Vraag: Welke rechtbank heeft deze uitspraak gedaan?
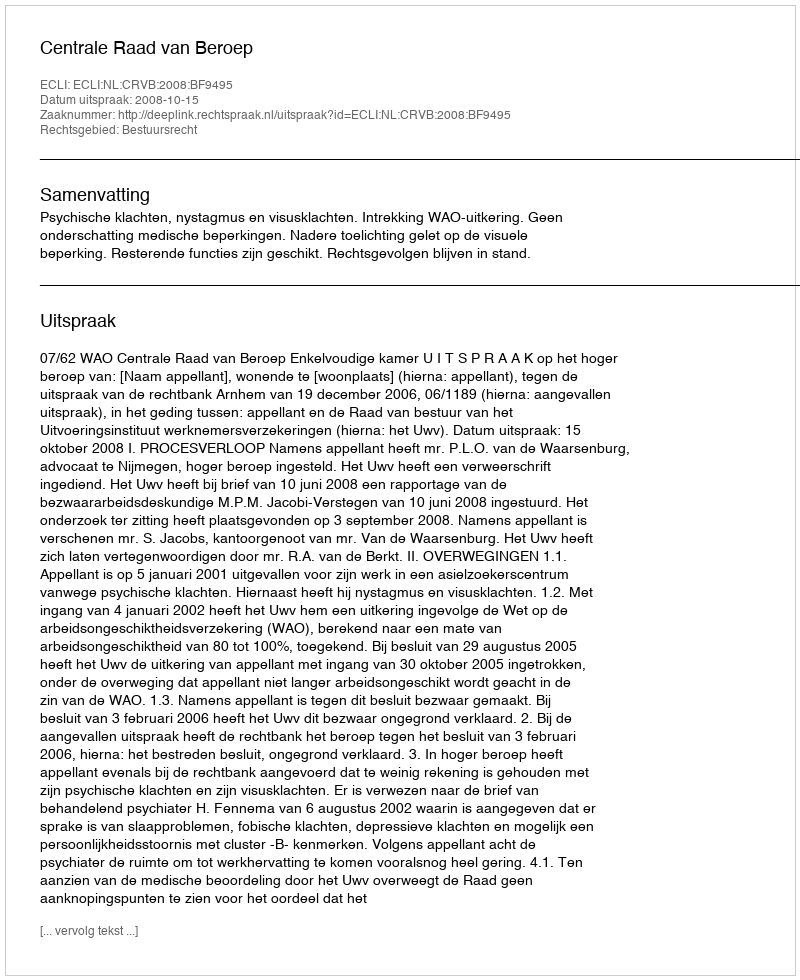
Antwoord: Centrale Raad van Beroep